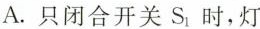
A. 只闭合开关 S_{1} 时，灯